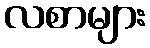
လစာများ